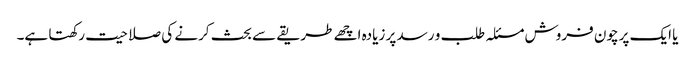
یا ایک پرچون فروش مسئلہ طلب و رسد پر زیادہ اچھے طریقے سے بحث کرنے کی صلاحیت رکھتا ہے۔